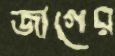
জাগের